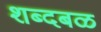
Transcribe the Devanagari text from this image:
शब्दबळ